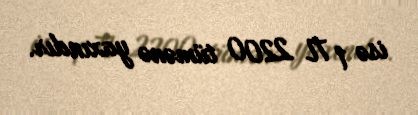
isə 1 TL 2200 tümənə yaxındır.